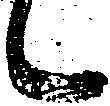
々